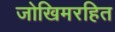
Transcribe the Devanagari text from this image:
जोखिमरहित